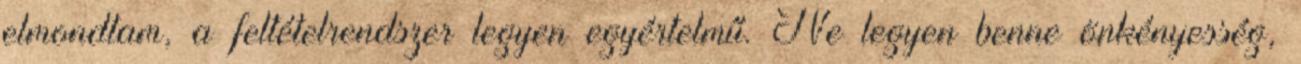
elmondtam, a feltételrendszer legyen egyértelmű. Ne legyen benne önkényesség,